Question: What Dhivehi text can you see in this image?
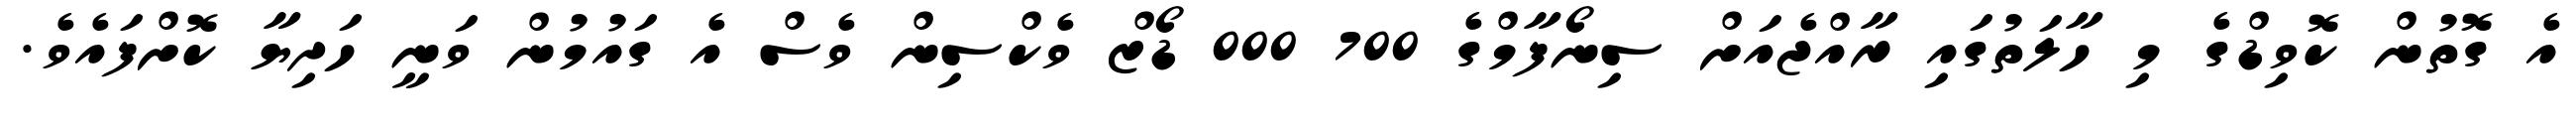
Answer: އެ ގޮތުން ކޮވިޑްގެ މި ހާލަތުގައި ރާއްޖެއަށް ސިނޯފާމްގެ 700 000 ޑޯޒް ވެކްސިން ވެސް އެ ގައުމުން ވަނީ ހަދިޔާ ކޮށްފައެވެ.